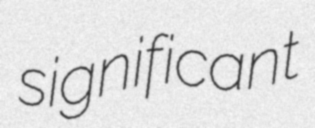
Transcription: significant